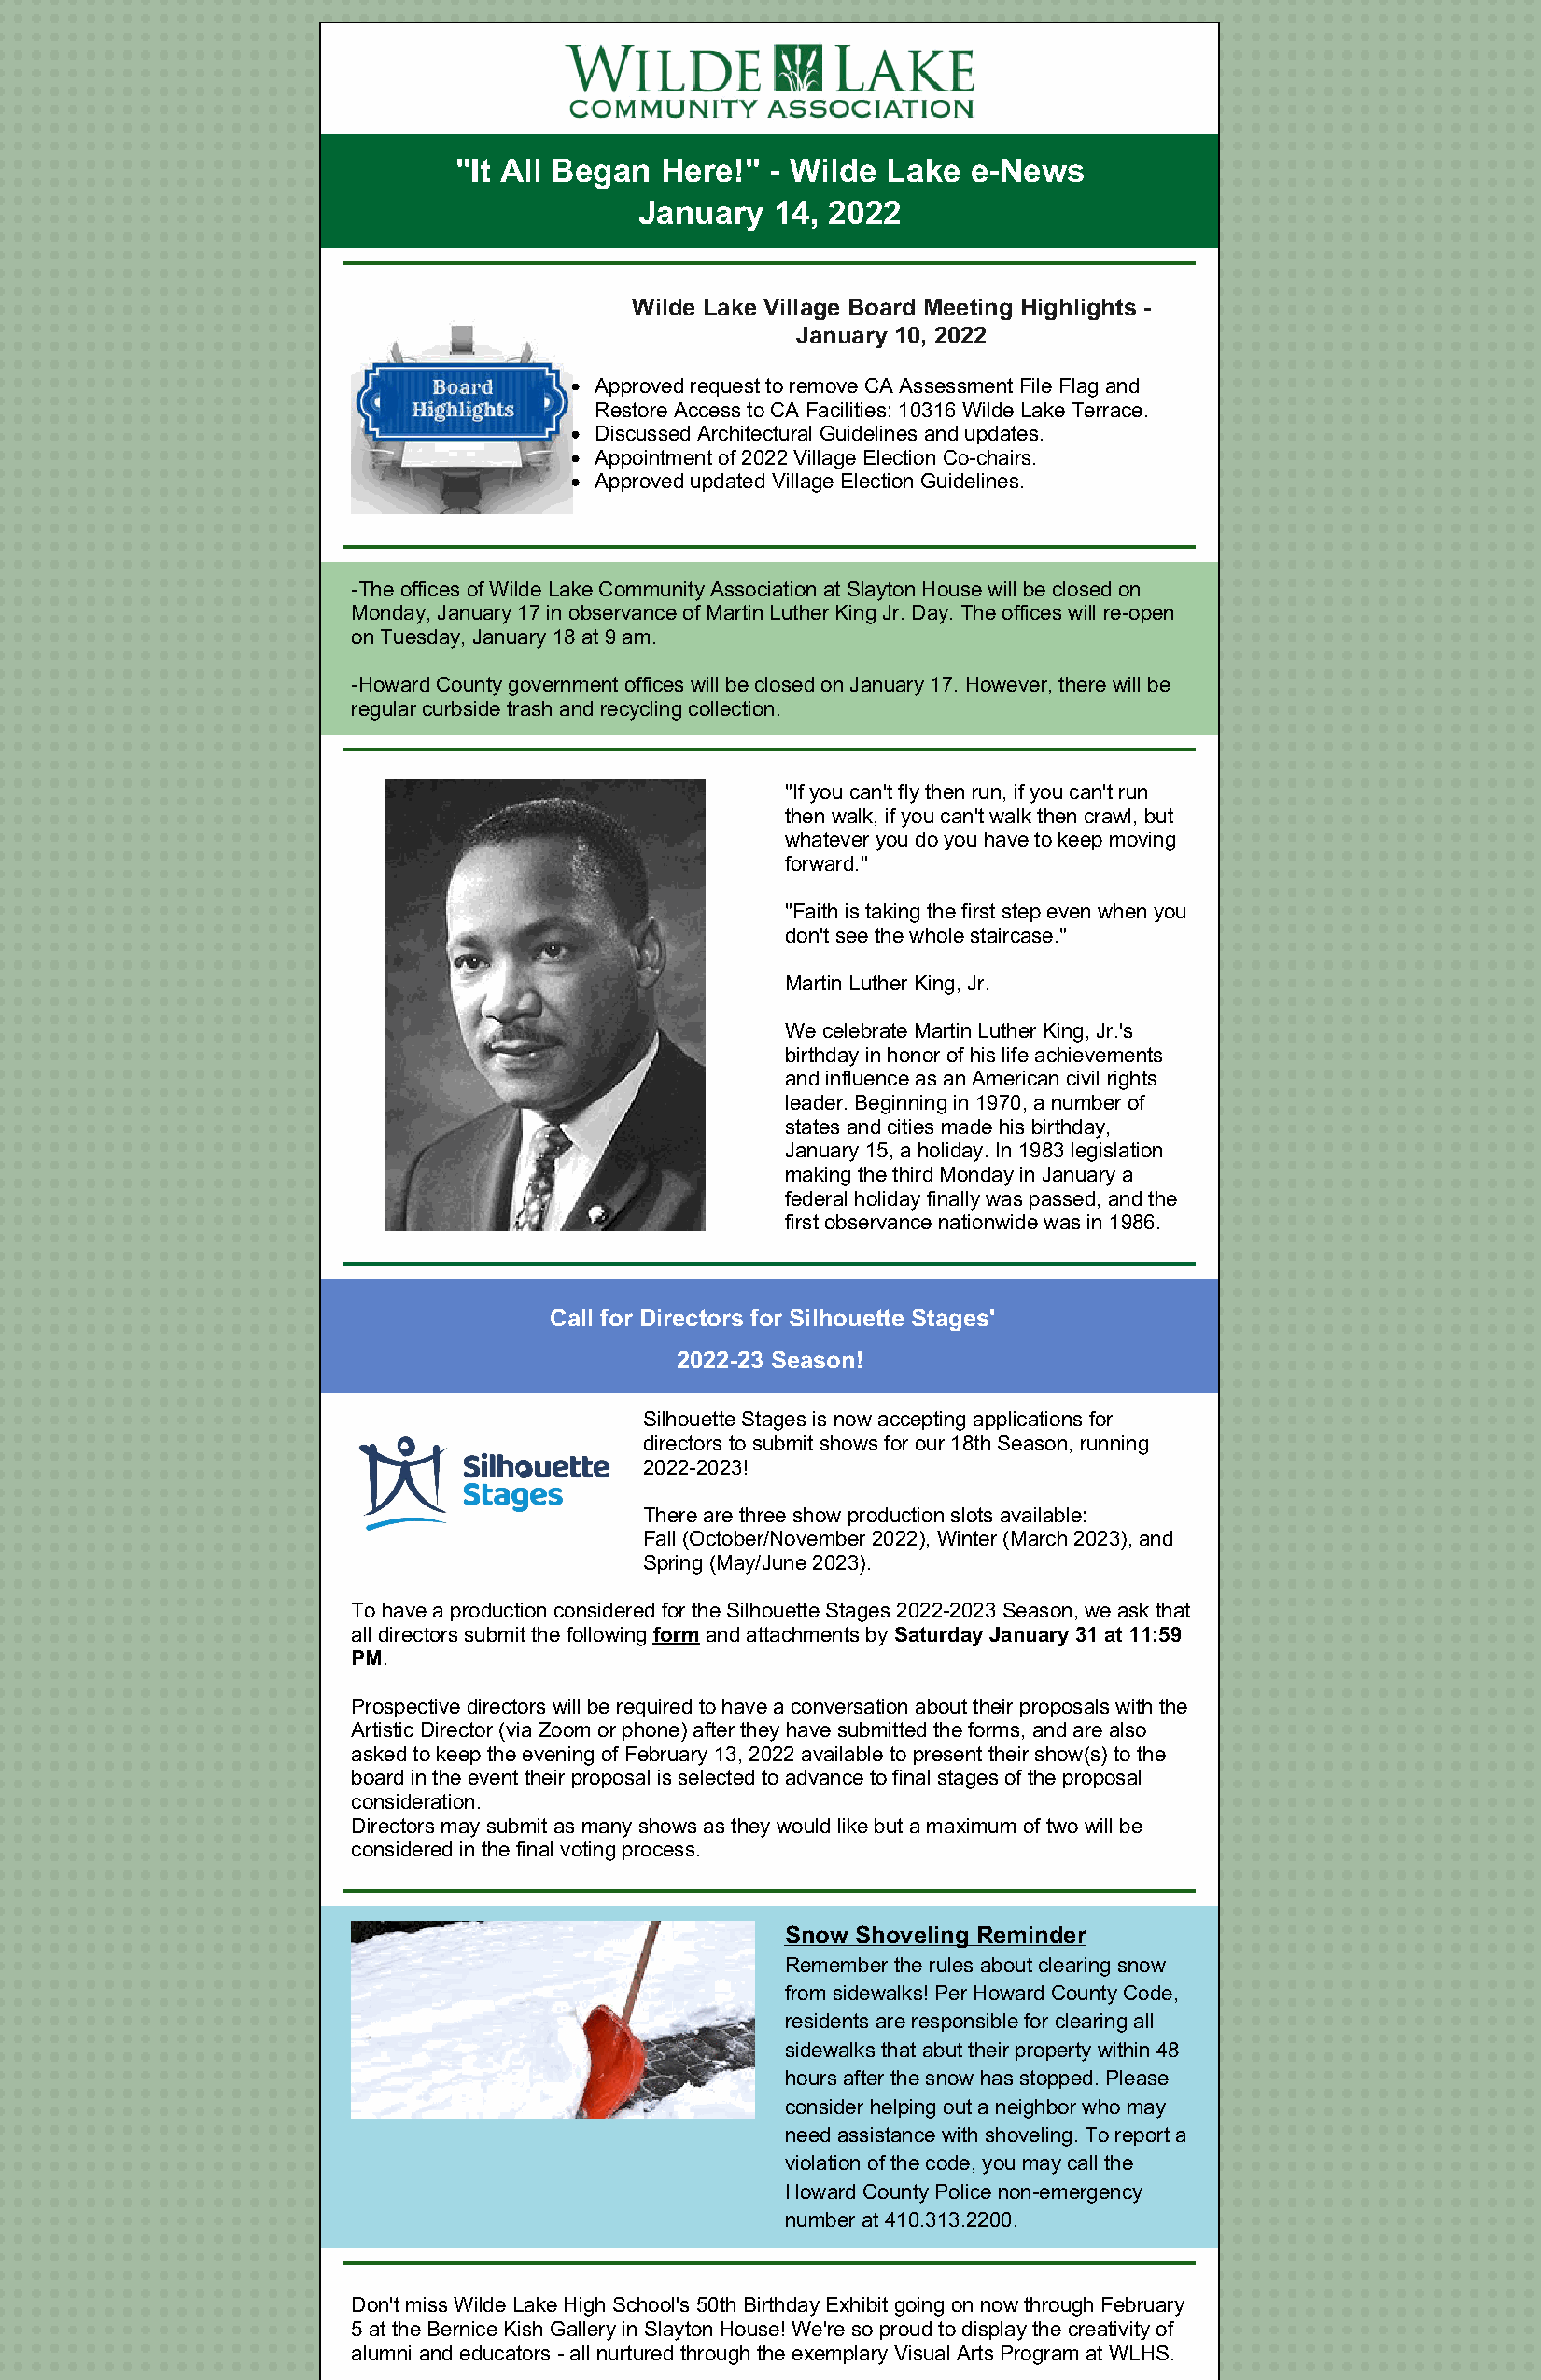
"It All Began  Here!"  - Wilde Lake  e-News
 January   14, 2022
 Wilde Lake Village Board Meeting Highlights -
 January 10, 2022
 Approved request to remove CA Assessment File Flag and
 Restore Access to CA Facilities: 10316 Wilde Lake Terrace.
 Discussed Architectural Guidelines and updates.
 Appointment of 2022 Village Election Co-chairs.
 Approved updated Village Election Guidelines.
 -The offices of Wilde Lake Community Association at Slayton House will be closed on
 Monday, January 17 in observance of Martin Luther King Jr. Day. The offices will re-open
 on Tuesday, January 18 at 9 am.
 -Howard County government offices will be closed on January 17. However, there will be
 regular curbside trash and recycling collection.
 "If you can't fly then run, if you can't run
 then walk, if you can't walk then crawl, but
 whatever you do you have to keep moving
 forward."
 "Faith is taking the first step even when you
 don't see the whole staircase."
 Martin Luther King, Jr.
 We celebrate Martin Luther King, Jr.'s
 birthday in honor of his life achievements
 and influence as an American civil rights
 leader. Beginning in 1970, a number of
 states and cities made his birthday,
 January 15, a holiday. In 1983 legislation
 making the third Monday in January a
 federal holiday finally was passed, and the
 first observance nationwide was in 1986.
 Call for Directors for Silhouette Stages'
 2022-23 Season!
 Silhouette Stages is now accepting applications for
 directors to submit shows for our 18th Season, running
 2022-2023!
 There are three show production slots available:
 Fall (October/November 2022), Winter (March 2023), and
 Spring (May/June 2023).
 To have a production considered for the Silhouette Stages 2022-2023 Season, we ask that
 all directors submit the following form and attachments by Saturday January 31 at 11:59
 PM.
 Prospective directors will be required to have a conversation about their proposals with the
 Artistic Director (via Zoom or phone) after they have submitted the forms, and are also
 asked to keep the evening of February 13, 2022 available to present their show(s) to the
 board in the event their proposal is selected to advance to final stages of the proposal
 consideration.
 Directors may submit as many shows as they would like but a maximum of two will be
 considered in the final voting process.
 Snow Shoveling Reminder
 Remember the rules about clearing snow
 from sidewalks! Per Howard County Code,
 residents are responsible for clearing all
 sidewalks that abut their property within 48
 hours after the snow has stopped. Please
 consider helping out a neighbor who may
 need assistance with shoveling. To report a
 violation of the code, you may call the
 Howard County Police non-emergency
 number at 410.313.2200.
 Don't miss Wilde Lake High School's 50th Birthday Exhibit going on now through February
 5 at the Bernice Kish Gallery in Slayton House! We're so proud to display the creativity of
 alumni and educators - all nurtured through the exemplary Visual Arts Program at WLHS.